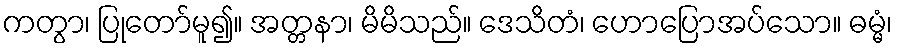
ကတွာ၊ ပြုတော်မူ၍။ အတ္တနာ၊ မိမိသည်။ ဒေသိတံ၊ ဟောပြောအပ်သော။ ဓမ္မံ၊